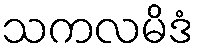
သကလမိဒံ